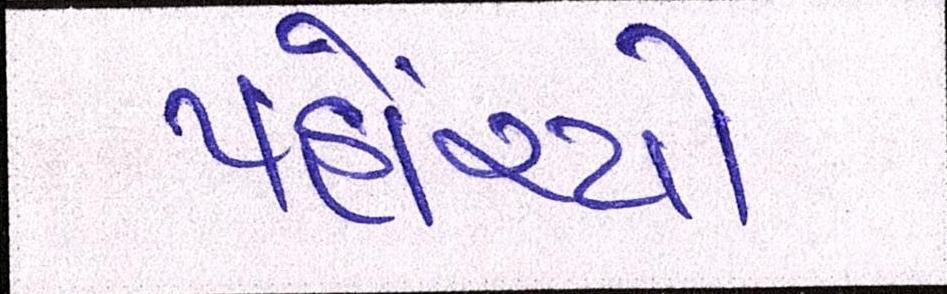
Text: પહોંચ્યો